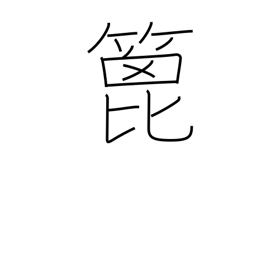
Meaning: spatula